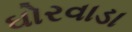
ઘોરવાડા